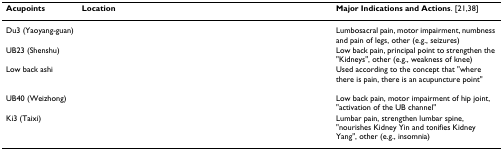
<table><thead><tr><td><b>Acupoints</b></td><td><b>Location</b></td><td><b>Major Indications and Actions. [21,38]</b></td></tr></thead><tbody><tr><td>Du3 (Yaoyang-guan)</td><td>[EMPTY_CELL]</td><td>Lumbosacral pain, motor impairment, numbness and pain of legs, other (e.g., seizures)</td></tr><tr><td>UB23 (Shenshu)</td><td>[EMPTY_CELL]</td><td>Low back pain, principal point to strengthen the "Kidneys", other (e.g., weakness of knee)</td></tr><tr><td>Low back ashi</td><td>[EMPTY_CELL]</td><td>Used according to the concept that "where there is pain, there is an acupuncture point"</td></tr><tr><td>UB40 (Weizhong)</td><td>[EMPTY_CELL]</td><td>Low back pain, motor impairment of hip joint, "activation of the UB channel"</td></tr><tr><td>Ki3 (Taixi)</td><td>[EMPTY_CELL]</td><td>Lumbar pain, strengthen lumbar spine, "nourishes Kidney Yin and tonifies Kidney Yang", other (e.g., insomnia)</td></tr></tbody></table>